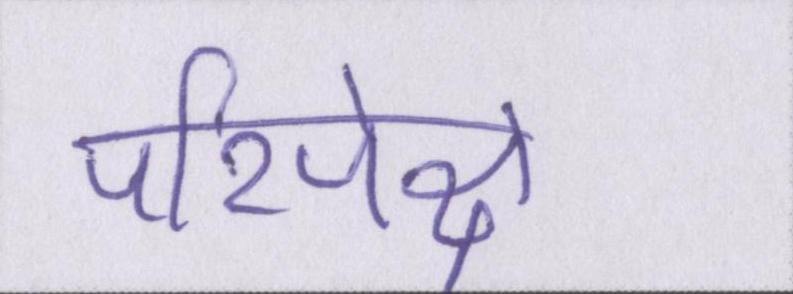
परिपेक्ष